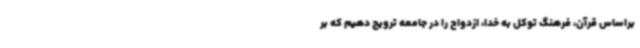
براساس قرآن، فرهنگ توکل به خدا، ازدواج را در جامعه ترویج دهیم که بر